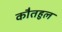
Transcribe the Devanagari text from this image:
कौतहुल